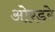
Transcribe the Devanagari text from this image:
ओरडरे